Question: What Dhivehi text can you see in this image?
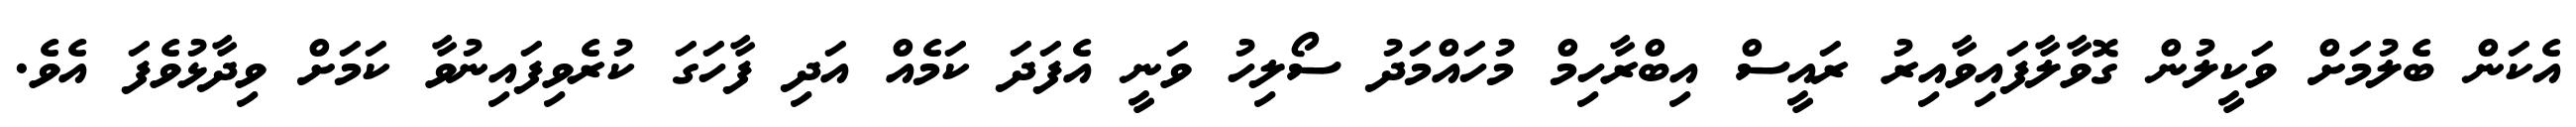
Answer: އެކަން ބެލުމަށް ވަކީލުން ގޮވާލާފައިވާއިރު ރައީސް އިބްރާހިމް މުހައްމަދު ސޯލިހު ވަނީ އެފަދަ ކަމެއް އަދި ފާހަގަ ކުރެވިފައިނުވާ ކަމަށް ވިދާޅުވެފަ އެވެ.